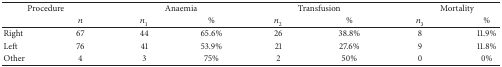
<table><thead><tr><td colspan="2"><b>Procedure</b></td><td colspan="2"><b>Anaemia</b></td><td colspan="2"><b>Transfusion</b></td><td colspan="2"><b>Mortality</b></td></tr><tr><td><b> </b></td><td><b><i>n</i></b></td><td><b><i>n</i><sub>1</sub></b></td><td><b>%</b></td><td><b><i>n</i><sub>2</sub></b></td><td><b>%</b></td><td><b><i>n</i><sub>3</sub></b></td><td><b>%</b></td></tr></thead><tbody><tr><td>Right</td><td>67</td><td>44</td><td>65.6%</td><td>26</td><td>38.8%</td><td>8</td><td>11.9%</td></tr><tr><td>Left</td><td>76</td><td>41</td><td>53.9%</td><td>21</td><td>27.6%</td><td>9</td><td>11.8%</td></tr><tr><td>Other</td><td>4</td><td>3</td><td>75%</td><td>2</td><td>50%</td><td>0</td><td>0%</td></tr></tbody></table>